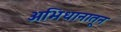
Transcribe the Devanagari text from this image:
अभिधानातून